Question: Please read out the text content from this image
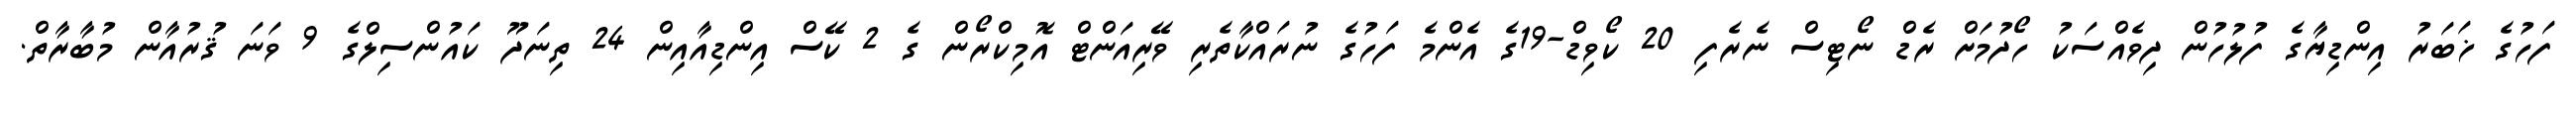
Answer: ފަހުގެ ޚަބަރު އިންޑިޔާގެ ފުލުހުން ދިވެއްސަކު ހޯދުމަށް ރެޑް ނޯޓިސް ނެރެފި 20 ކޯވިޑް-19ގެ އެންމެ ފަހުގެ ނުރައްކާތެރި ވޭރިއަންޓް އޮމިކްރޯން ގެ 2 ކޭސް އިންޑިއާއިން 24 ތިނަދޫ ކައުންސިލްގެ 9 ވަނަ ޤުރުއާން މުބާރާތް.